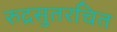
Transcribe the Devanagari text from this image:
रुद्रसुतरचित